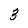
Character: 3